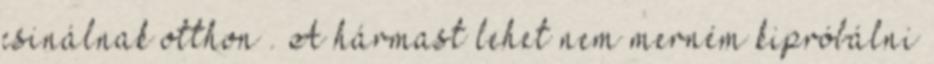
csinálnak otthon . A hármast lehet nem merném kipróbálni